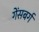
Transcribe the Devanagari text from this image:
गेंसबर्ग